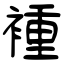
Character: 褈